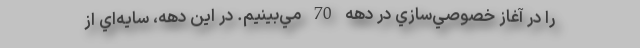
را در آغاز خصوصي‌سازي در دهه 70 مي‌بينيم. در اين دهه، سايه‌اي از